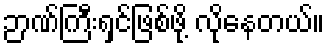
ဉာဏ်ကြီးရှင်ဖြစ်ဖို့ လိုနေတယ်။